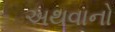
અથવાનો